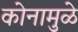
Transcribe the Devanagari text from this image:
कोनामुळे